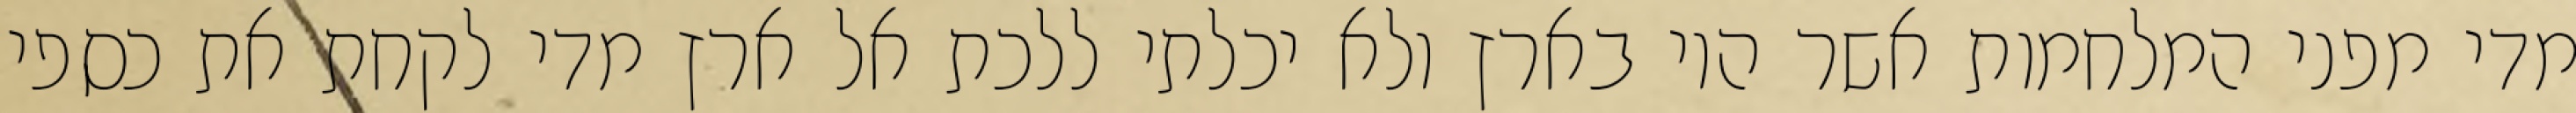
מדי מפני המלחמות אשר היו בארץ ולא יכלתי ללכת אל ארץ מדי לקחת את כספי